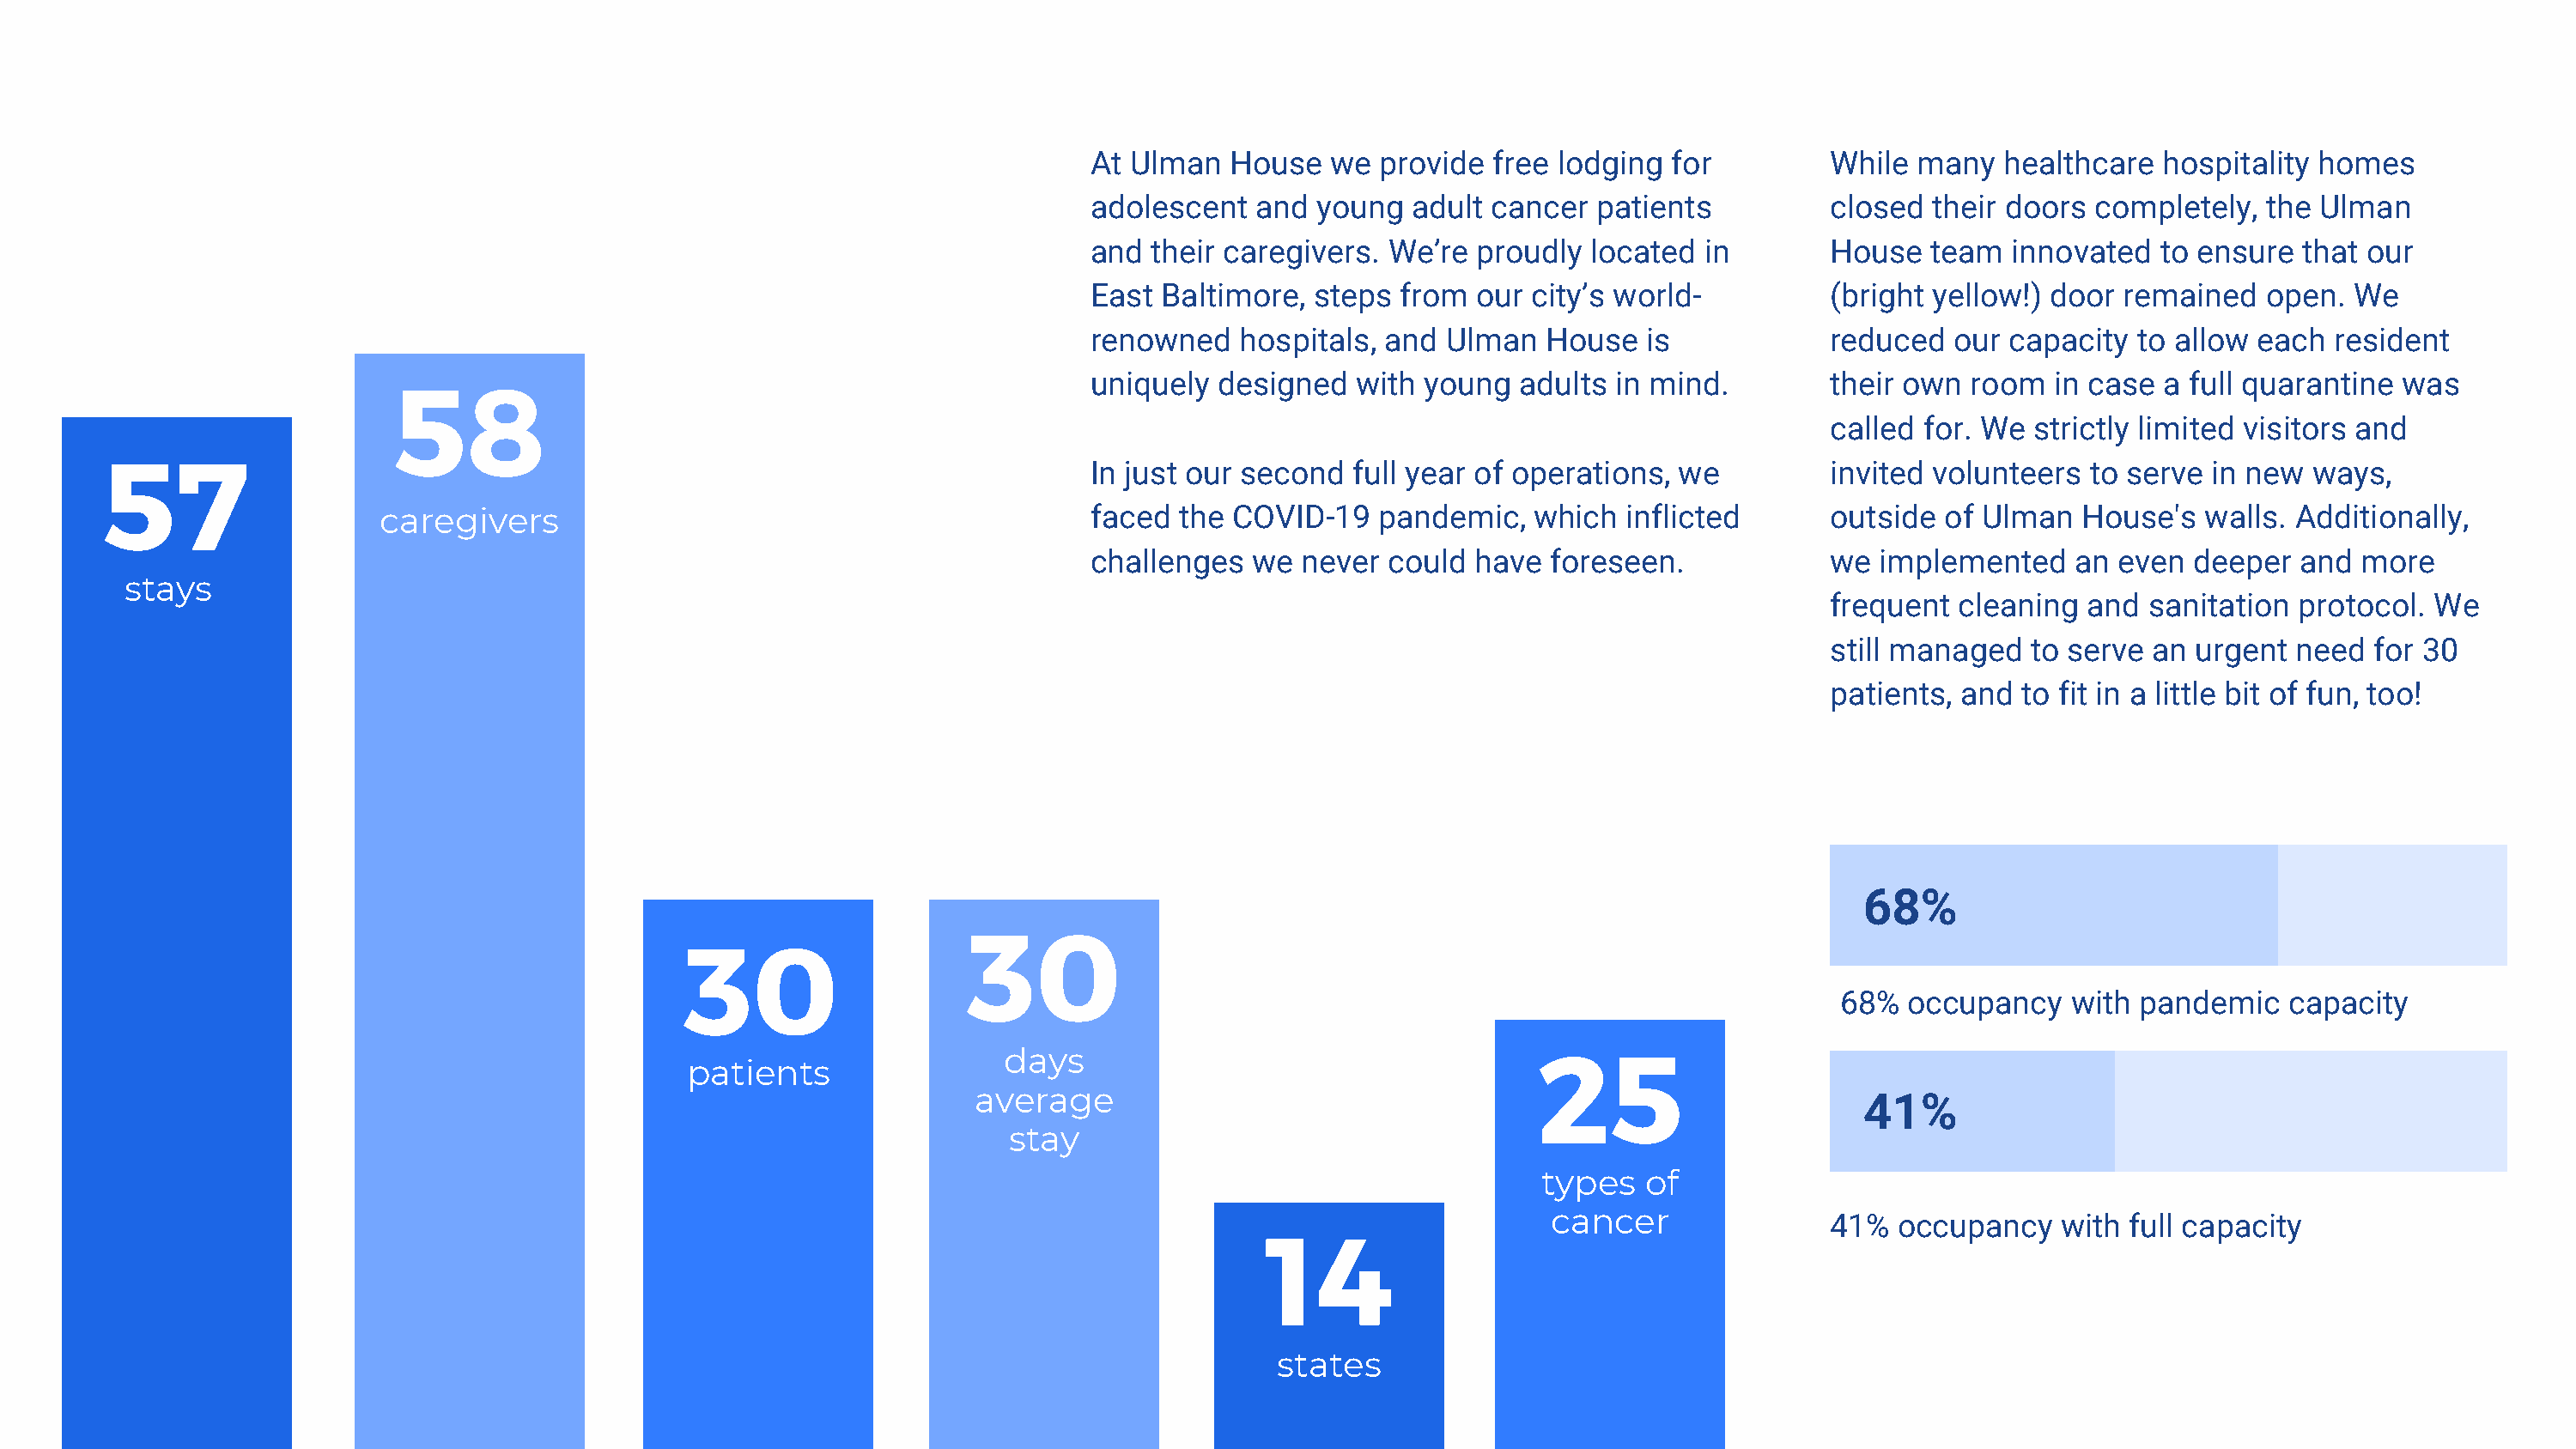
At Ulman   House   we provide  free lodging  for         While  many   healthcare  hospitality homes
 adolescent   and  young  adult cancer  patients          closed  their doors  completely,  the Ulman
 and  their caregivers. We’re  proudly  located in        House   team  innovated   to ensure  that our
 East  Baltimore, steps  from  our city’s world-          (bright yellow!) door  remained   open.  We
 renowned    hospitals, and  Ulman  House   is            reduced   our capacity  to allow each  resident
 uniquely  designed   with young  adults  in mind.        their own  room  in case  a full quarantine was
 58
 called for. We  strictly limited visitors and
 57
 In just our second  full year of operations, we          invited volunteers  to serve  in new ways,
 caregivers                                             faced  the COVID-19   pandemic,   which  inflicted       outside  of Ulman   House's  walls. Additionally,
 challenges   we never  could  have  foreseen.            we  implemented    an even  deeper  and  more
 stays
 frequent  cleaning  and  sanitation protocol.  We
 still managed   to serve an urgent  need  for 30
 patients, and  to fit in a little bit of fun, too!
 68%
 30
 30
 68%  occupancy    with pandemic   capacity
 days                                     25
 patients
 average                                                              41%
 stay
 types   of
 cancer               41%  occupancy    with full capacity
 14
 states